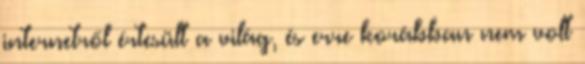
internetről értesült a világ, és erre korábban nem volt